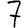
Digit: 7